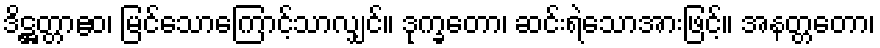
ဒိဋ္ဌတ္တာဧဝ၊ မြင်သောကြောင့်သာလျှင်။ ဒုက္ခတော၊ ဆင်းရဲသောအားဖြင့်။ အနတ္တတော၊